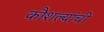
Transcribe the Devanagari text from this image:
कौशल्यांची